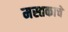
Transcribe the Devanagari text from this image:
मस्तकाचे